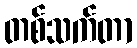
တစ်သက်တာ